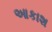
આકાશ